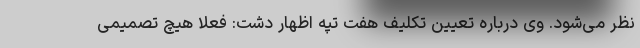
نظر می‌شود. وی درباره تعیین تکلیف هفت تپه اظهار دشت: فعلا هیچ تصمیمی